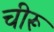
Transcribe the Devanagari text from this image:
चीरू